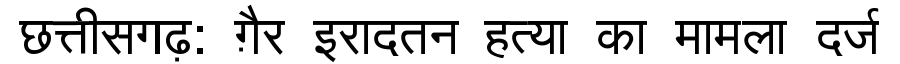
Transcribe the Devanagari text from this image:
छत्तीसगढ़: ग़ैर इरादतन हत्या का मामला दर्ज